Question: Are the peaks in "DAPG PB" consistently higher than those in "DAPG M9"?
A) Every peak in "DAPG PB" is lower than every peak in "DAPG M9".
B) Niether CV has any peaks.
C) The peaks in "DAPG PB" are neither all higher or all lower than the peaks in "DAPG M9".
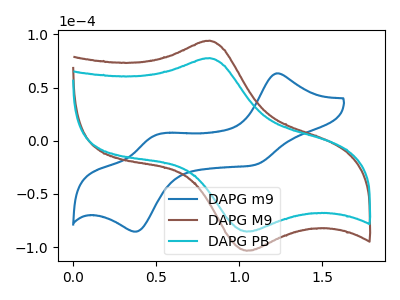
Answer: <think>The blue curve "DAPG m9" has anodic peaks at (1.20V, 63.30uA) (0.50V, 5.40uA) and cathodic peaks at (1.10V, -22.65uA) (0.40V, -85.40uA). The brown curve "DAPG M9" has an anodic peak at (0.80V, 94.05uA) and a cathodic peak at (1.05V, -103.40uA). The cyan curve "DAPG PB" has an anodic peak at (0.80V, 77.70uA) and a cathodic peak at (1.05V, -85.40uA).</think>
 <answer>A) Every peak in "DAPG PB" is lower than every peak in "DAPG M9".</answer>
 <eval>A</eval>